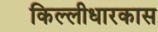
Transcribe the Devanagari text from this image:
किल्लीधारकास